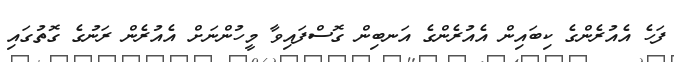
ފަހެ އެއުރެންގެ ކިބައިން އެއުރެންގެ އަނބިން ގޮސްފައިވާ މީހުންނަށް އެއުރެން ރަނުގެ ގޮތުގައި